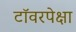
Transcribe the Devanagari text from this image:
टॉवरपेक्षा